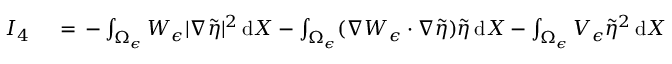
\begin{array} { r l } { I _ { 4 } \, } & { { } = \, - \int _ { \Omega _ { \epsilon } } W _ { \epsilon } | \nabla \tilde { \eta } | ^ { 2 } \, \mathrm { d } X - \int _ { \Omega _ { \epsilon } } ( \nabla W _ { \epsilon } \cdot \nabla \tilde { \eta } ) \tilde { \eta } \, \mathrm { d } X - \int _ { \Omega _ { \epsilon } } V _ { \epsilon } \tilde { \eta } ^ { 2 } \, \mathrm { d } X } \end{array}